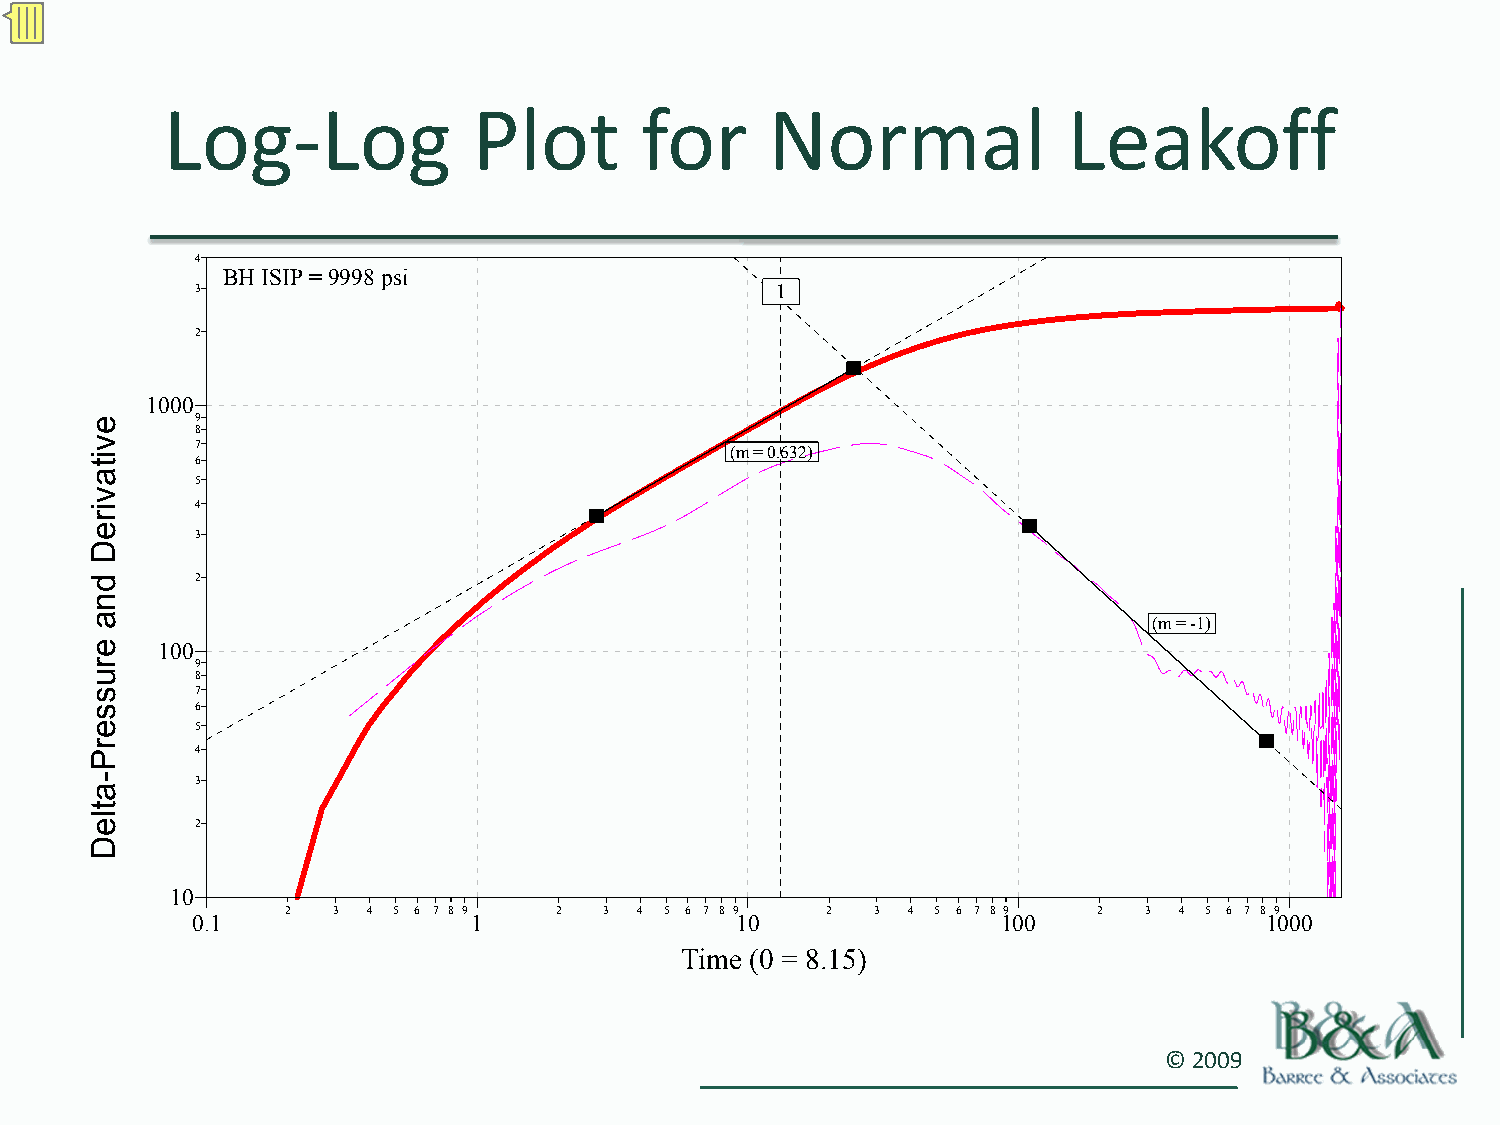
Log‐Log             Plot       for      Normal              Leakoff
 4
 BH ISIP = 9998 psi
 3                                     1
 2
 1000
 9
 8
 7                                  (m = 0.632)
 6
 5
 4
 3
 2
 (m = -1)
 100
 9
 8
 7
 6
 5
 4
 3
 2
 10
 2  3 4 5 6 7 8 9  2  3 4 5 6 7 8 9  2  3 4 5 6 7 8 9  2  3 4 5 6 7 8 9
 0.1               1                 10               100               1000
 Time (0 = 8.15)
 © 2009
 evitavireD
 dna
 erusserP-atleD